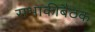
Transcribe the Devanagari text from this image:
सभाकीबैठक